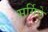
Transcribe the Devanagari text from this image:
सर्गिपे